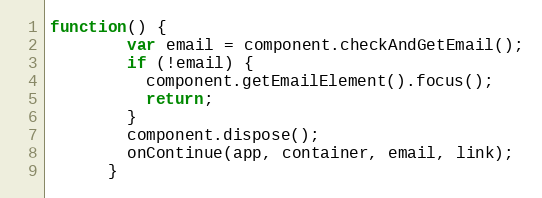
Language: JavaScript
function() {
        var email = component.checkAndGetEmail();
        if (!email) {
          component.getEmailElement().focus();
          return;
        }
        component.dispose();
        onContinue(app, container, email, link);
      }